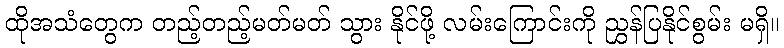
ထိုအသံတွေက တည့်တည့်မတ်မတ် သွား နိုင်ဖို့ လမ်းကြောင်းကို ညွှန်ပြနိုင်စွမ်း မရှိ။